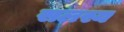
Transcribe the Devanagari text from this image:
सलस्य